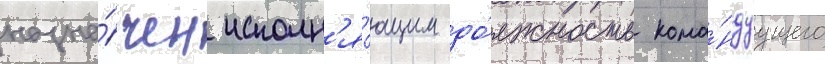
назна́чен исполн'я́ющим до́лжность кома́ндуущего